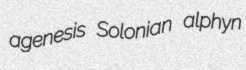
agenesis Solonian alphyn